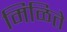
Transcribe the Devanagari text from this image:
मिळिते